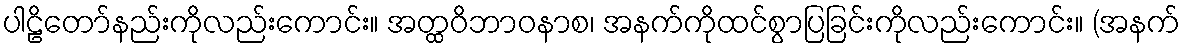
ပါဠိတော်နည်းကိုလည်းကောင်း။ အတ္ထဝိဘာဝနာစ၊ အနက်ကိုထင်စွာပြခြင်းကိုလည်းကောင်း။ (အနက်